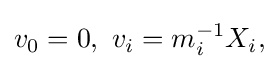
\displaystyle {v_{0}=0,\,\,v_{i}=m_{i}^{-1}X_{i},}